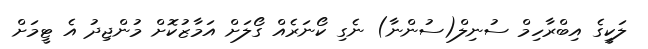
ލަކީގެ އިބްރާހިމް ސުނިލް(ސުންނާ) ނެގި ކޯނަރެއް ގޯލަށް އަމާޒުކޮށް މުންޖިދު އެ ޓީމަށް